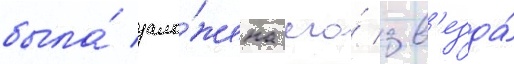
была́ зало́жена его́ зв'езда́